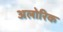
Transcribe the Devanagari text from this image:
अलोरिक